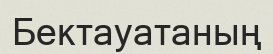
Бектауатаның